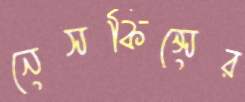
নেসকিন্সের